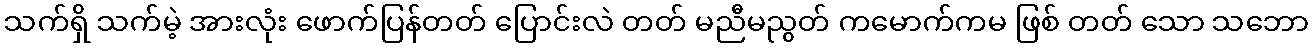
သက်ရှိ သက်မဲ့ အားလုံး ဖောက်ပြန်တတ် ပြောင်းလဲ တတ် မညီမညွတ် ကမောက်ကမ ဖြစ် တတ် သော သဘော